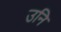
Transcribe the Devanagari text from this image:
उनि